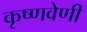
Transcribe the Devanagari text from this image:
कृष्णवेणी